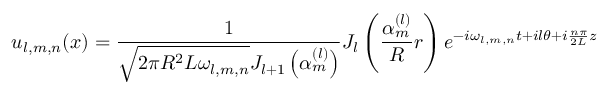
u _ { l , m , n } ( x ) = \frac 1 { \sqrt { 2 \pi R ^ { 2 } L \omega _ { l , m , n } } J _ { l + 1 } \left( \alpha _ { m } ^ { ( l ) } \right) } J _ { l } \left( \frac { \alpha _ { m } ^ { ( l ) } } R r \right) e ^ { - i \omega _ { l , m , n } t + i l \theta + i \frac { n \pi } { 2 L } z }